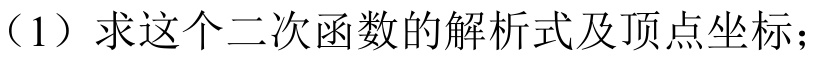
（1）求这个二次函数的解析式及顶点坐标；